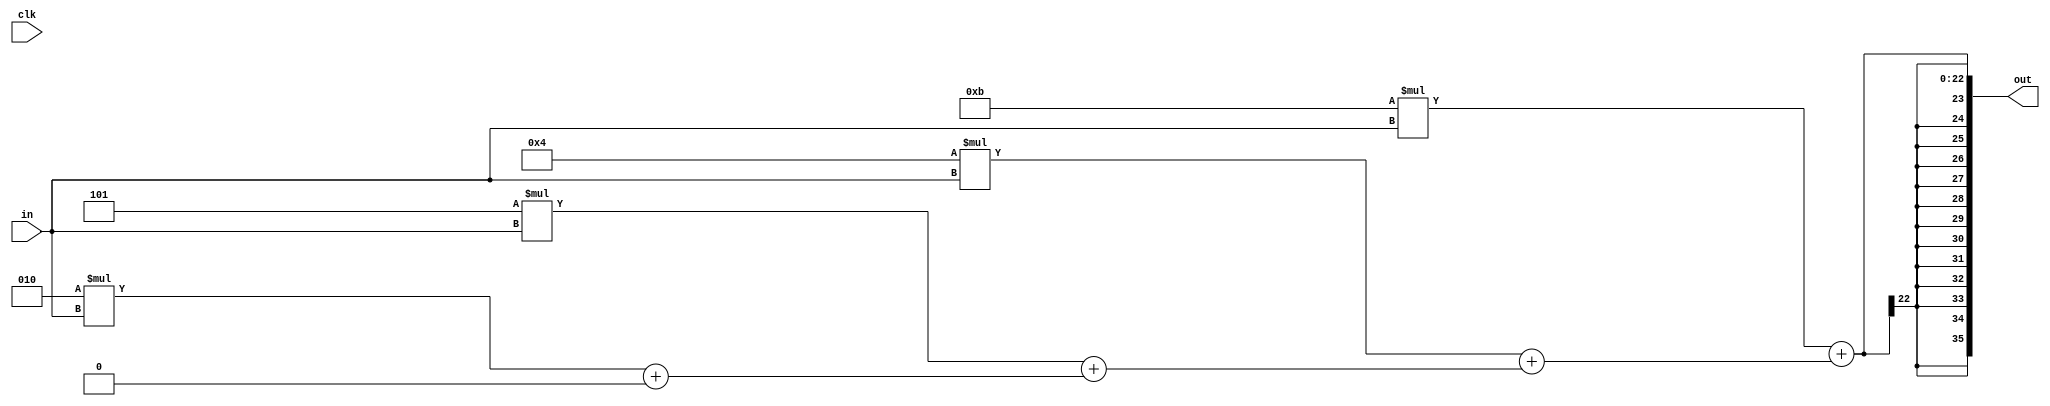
// 4109061012
module multi(
    input clk,
    input signed [15:0] in,
    output reg signed [35:0] out
    );

    reg signed [35:0] tmp [0:3];

    always @(*) begin
        tmp[0] = 2 * in + 0;
        tmp[1] = -3 * in + tmp[0];
        tmp[2] = 4 * in + tmp[1];
        tmp[3] = -5 * in + tmp[2];
        out = tmp[3];
    end

endmodule